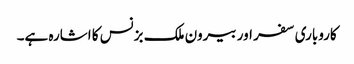
کاروباری سفر اور بیرون ملک بزنس کا اشارہ ہے۔